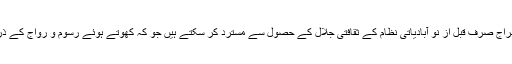
ان کا خیال ہے کہ اسطرح کا سامراج صرف قبل از نو آبادیاتی نظام کے ثقافتی جلال کے حصول سے مسترد کر سکتے ہیں جو کہ کھوتے ہوئے رسوم و رواج کے ذریعے ہی حاصل کیا جا سکتا ہے۔